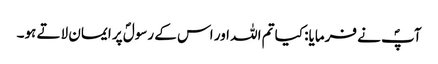
آپؐ نے فرمایا: کیا تم اللہ اور اس کے رسولؐ پر ایمان لاتے ہو۔